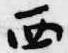
西